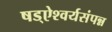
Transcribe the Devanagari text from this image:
षड्ऐश्वर्यसंपन्न